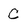
Character: C